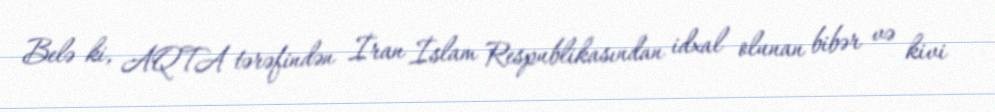
Belə ki, AQTA tərəfindən İran İslam Respublikasından idxal olunan bibər və kivi